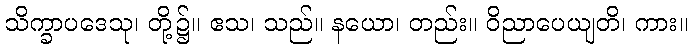
သိက္ခာပဒေသု၊ တို့၌။ ဧသ၊ သည်။ နယော၊ တည်း။ ဝိညာပေယျတိ၊ ကား။